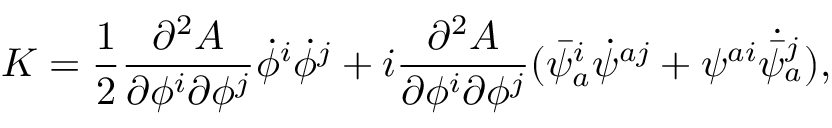
K = \frac { 1 } { 2 } \frac { \partial ^ { 2 } A } { \partial \phi ^ { i } \partial \phi ^ { j } } \dot { \phi } ^ { i } \dot { \phi } ^ { j } + i \frac { \partial ^ { 2 } A } { \partial \phi ^ { i } \partial \phi ^ { j } } ( \bar { \psi } _ { a } ^ { i } \dot { \psi } ^ { a j } + \psi ^ { a i } \dot { \bar { \psi } _ { a } ^ { j } } ) ,